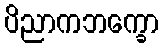
ပိညာကဘက္ခော